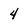
Character: 4